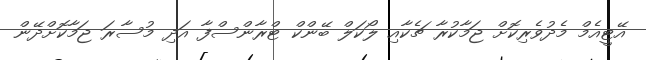
އޭޓީއެމް މެދުވެރިކޮށް ޖަމާކުރާ ޗެކާއި ލޯކަލް ބޭންކް ޓްރާންސްފާ އަދި މުސާރަ ޖަމާކޮށްދޭން